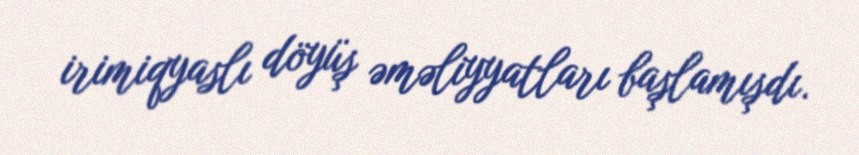
irimiqyaslı döyüş əməliyyatları başlamışdı.